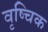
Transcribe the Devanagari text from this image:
वृष्चिक